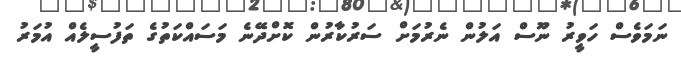
ނަމަވެސް ހަވީރު ނޫސް އަލުން ނެރުމަށް ސަރުކާރުން ކޮށްދޭނެ މަސައްކަތުގެ ތަފުސީލެއް އުމަރު